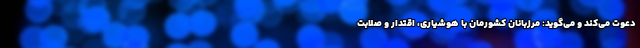
دعوت می‌کند و می‌گوید: مرزبانان کشورمان با هوشیاری، اقتدار و صلابت